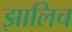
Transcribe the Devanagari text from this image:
झालिच